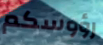
رؤوسكم